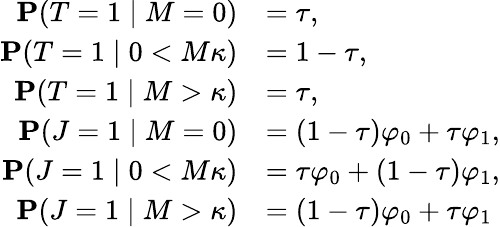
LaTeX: \begin{array}{rl}{\mathbf{P}(T=1\mid M=0)}&{=\tau,}\\ {\mathbf{P}(T=1\mid 0<M\le\kappa)}&{=1-\tau,}\\ {\mathbf{P}(T=1\mid M>\kappa)}&{=\tau,}\\ {\mathbf{P}(J=1\mid M=0)}&{=(1-\tau)\varphi_{0}+\tau\varphi_{1},}\\ {\mathbf{P}(J=1\mid 0<M\le\kappa)}&{=\tau\varphi_{0}+(1-\tau)\varphi_{1},}\\ {\mathbf{P}(J=1\mid M>\kappa)}&{=(1-\tau)\varphi_{0}+\tau\varphi_{1}}\end{array}